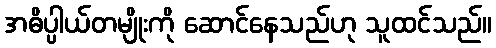
အဓိပ္ပါယ်တမျိုးကို ဆောင်နေသည်ဟု သူထင်သည်။